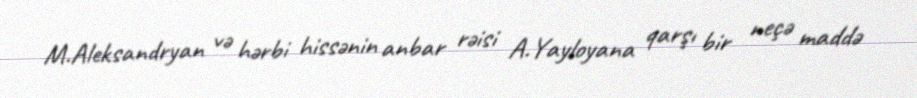
M.Aleksandryan və hərbi hissənin anbar rəisi A.Yayloyana qarşı bir neçə maddə